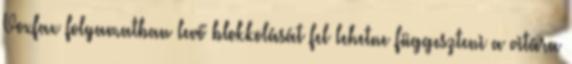
Voxfax folyamatban levő blokkolását fel lehetne függeszteni a vitára